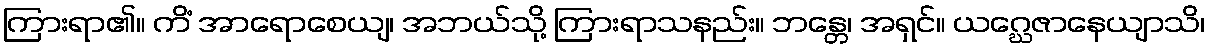
ကြားရာ၏။ ကိံ အာရောစေယျ၊ အဘယ်သို့ ကြားရာသနည်း။ ဘန္တေ၊ အရှင်။ ယဂ္ဃေဇာနေယျာသိ၊